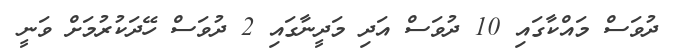
ދުވަސް މައްކާގައި 10 ދުވަސް އަދި މަދީނާގައި 2 ދުވަސް ހޭދަކުރުމަށް ވަނީ